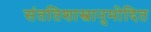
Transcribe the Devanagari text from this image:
संततिशास्त्रानुमोदित